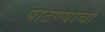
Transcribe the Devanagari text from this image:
पाटण्याची